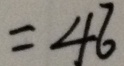
= 4 6